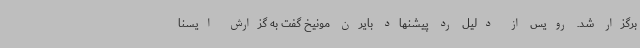
برگزار شد. رویس از دلیل رد پیشنهاد بایرن مونیخ گفت به گزارش ایسنا